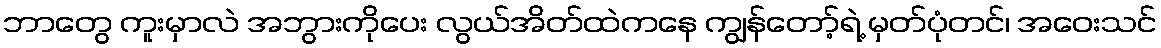
ဘာတွေ ကူးမှာလဲ အဘွားကိုပေး လွယ်အိတ်ထဲကနေ ကျွန်တော့်ရဲ့ မှတ်ပုံတင်၊ အဝေးသင်